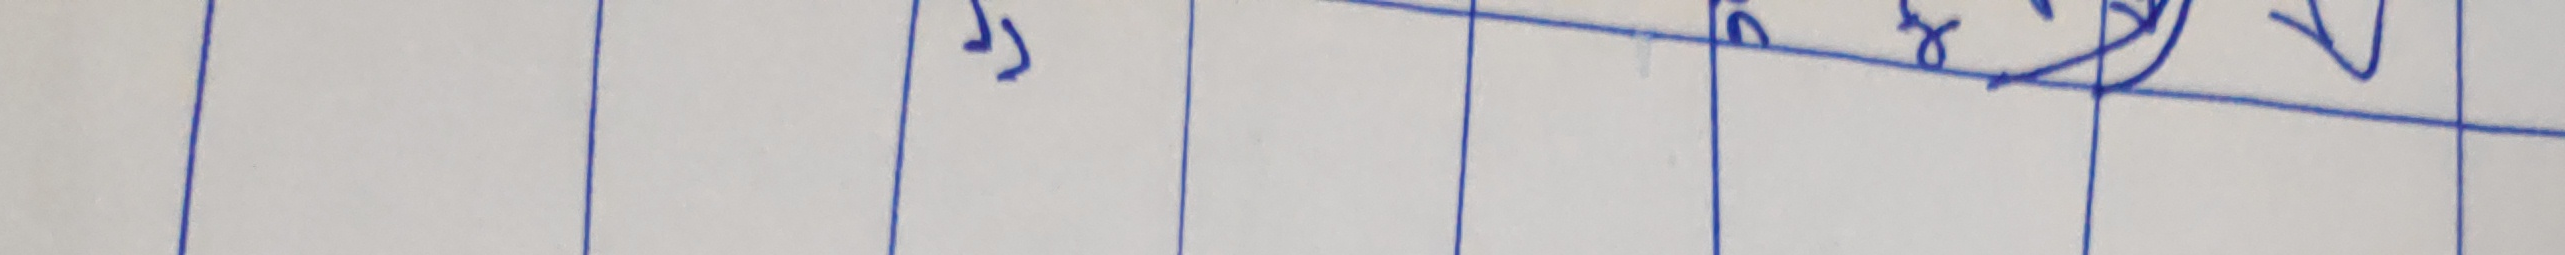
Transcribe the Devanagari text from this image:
५० रु ४ × १ ४